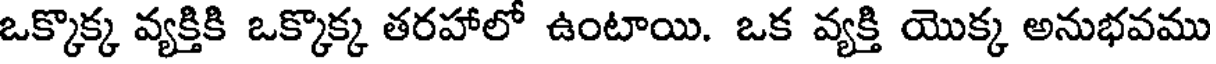
ఒక్కొక్క వ్యక్తికి ఒక్కొక్క తరహాలో ఉంటాయి. ఒక వ్యక్తి యొక్క అనుభవము